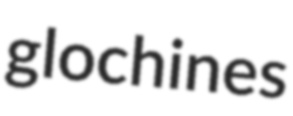
glochines